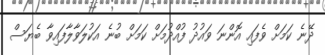
ދޭނެ ކަމަށް ވެފައި އޮންނަ ވައުދު ފުއްދުމަށް ކަމަށް ބުނެ އަކުލަވާލާފައިވާ ބެޔަސް